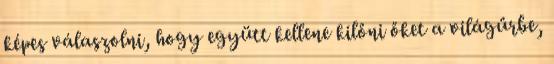
képes válaszolni, hogy együtt kellene kilőni őket a világűrbe,